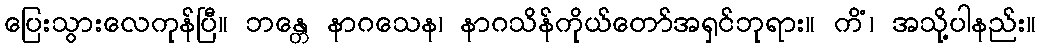
ပြေးသွားလေကုန်ပြီ။ ဘန္တေ နာဂသေန၊ နာဂသိန်ကိုယ်တော်အရှင်ဘုရား။ ကိံ၊ အသို့ပါနည်း။